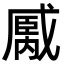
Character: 𢧿